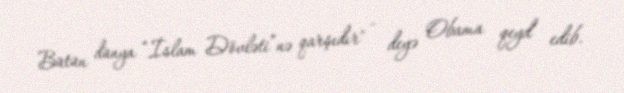
Bütün dünya “İslam Dövləti”nə qarşıdır" - deyə Obama qeyd edib.